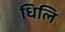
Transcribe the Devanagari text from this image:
धिलि